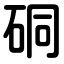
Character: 硐